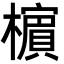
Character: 㯽